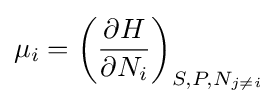
\mu _{i}=\left({\frac {\partial H}{\partial N_{i}}}\right)_{S,P,N_{j\neq i}}